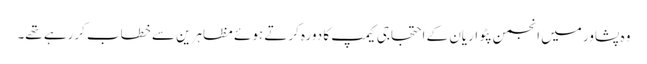
وہ پشاور میں انجمن پٹواریان کے احتجاجی کیمپ کا دورہ کرتے ہوئے مظاہرین سے خطاب کررہے تھے۔